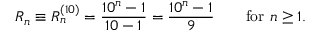
R _ { n } \equiv R _ { n } ^ { ( 1 0 ) } = { \frac { 1 0 ^ { n } - 1 } { 1 0 - 1 } } = { \frac { 1 0 ^ { n } - 1 } { 9 } } \qquad { \mathrm { f o r ~ } } n \geq 1 .